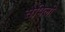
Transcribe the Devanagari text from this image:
सेपिली